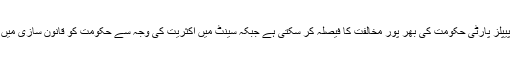
پھر اسمبلی کے اندر بھی پیپلز پارٹی حکومت کی بھر پور مخالفت کا فیصلہ کر سکتی ہے جبکہ سینٹ میں اکثریت کی وجہ سے حکومت کو قانون سازی میں مشکلات پیش آسکتی ہیں۔